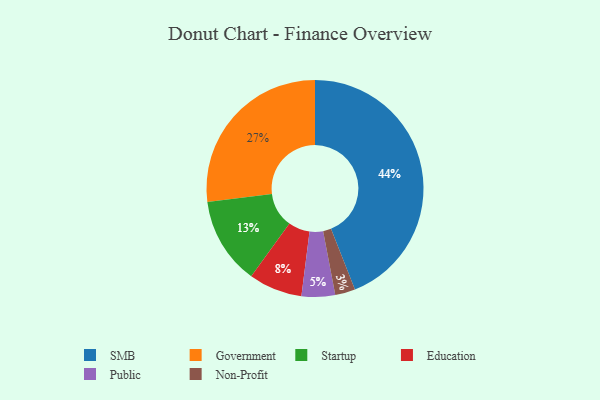
{"axis": {"x": "Category", "y": "Percentage"}, "legend": ["Education", "Government", "Non-Profit", "Public", "SMB", "Startup"], "data": [{"x": "Government", "y": 27, "type": "Government"}, {"x": "Non-Profit", "y": 3, "type": "Non-Profit"}, {"x": "SMB", "y": 44, "type": "SMB"}, {"x": "Startup", "y": 13, "type": "Startup"}, {"x": "Education", "y": 8, "type": "Education"}, {"x": "Public", "y": 5, "type": "Public"}]}